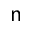
\mathsf { n }